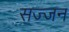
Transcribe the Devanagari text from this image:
सज्‍जन